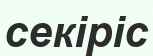
секіріс